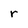
Character: r